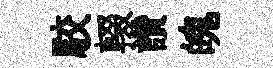
駮輟讚魄